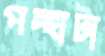
পন্থাটা